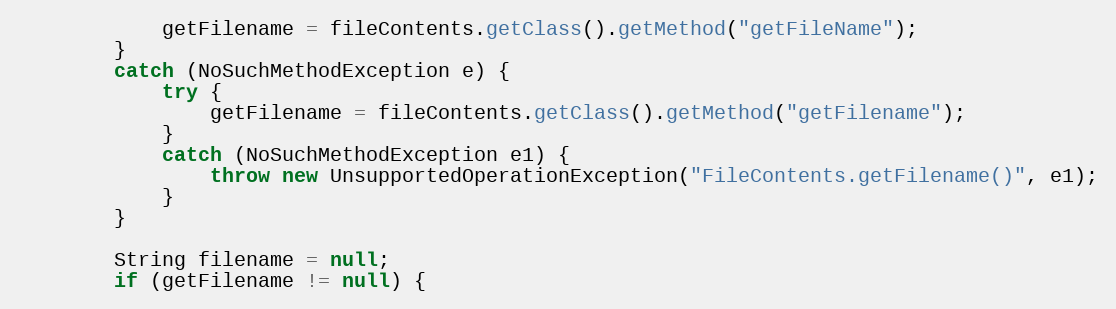
Language: Java
            getFilename = fileContents.getClass().getMethod("getFileName");
        }
        catch (NoSuchMethodException e) {
            try {
                getFilename = fileContents.getClass().getMethod("getFilename");
            }
            catch (NoSuchMethodException e1) {
                throw new UnsupportedOperationException("FileContents.getFilename()", e1);
            }
        }

        String filename = null;
        if (getFilename != null) {